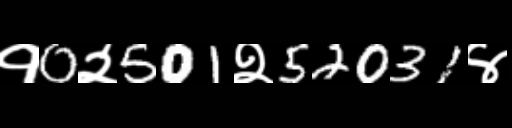
Text: १0२501२52031४